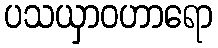
ပသယှာဝဟာရော